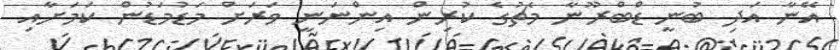
އޭނާ އަދި ބުނީ ޑްބްރޫނާ މެޗުގެ ކުރިން އިންނަނީ ވަރަށް މަޑުމަޑުން ކަމަށާއި